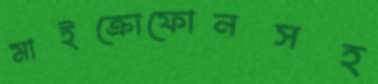
মাইক্রোফোনসহ